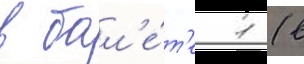
в бал'е́т'е 1 (в